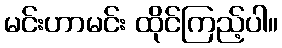
မင်းဟာမင်း ထိုင်ကြည့်ပါ။